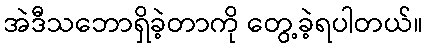
အဲဒီသဘောရှိခဲ့တာကို တွေ့ခဲ့ရပါတယ်။